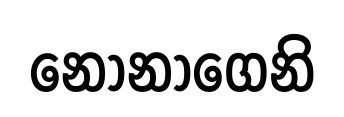
නෝනාගෙනි